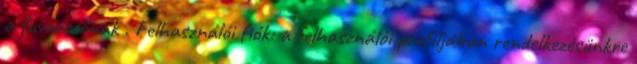
a fuvarozónak . Felhasználói fiók: a felhasználói profiljában rendelkezésünkre